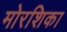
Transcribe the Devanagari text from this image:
मोरशिका